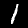
Digit: 1